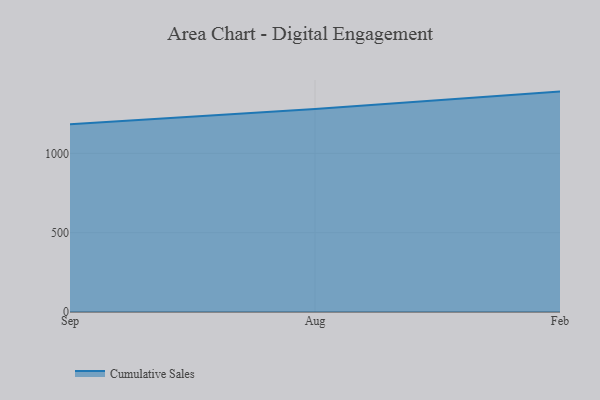
{"axis": {"x": "Month", "y": "Revenue (USD Million)"}, "legend": ["Cumulative Sales"], "data": [{"x": "Sep", "y": 1184.0, "type": "Cumulative Sales"}, {"x": "Aug", "y": 1280.3, "type": "Cumulative Sales"}, {"x": "Feb", "y": 1389.6, "type": "Cumulative Sales"}]}